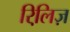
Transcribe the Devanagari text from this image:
रिलि़ज़